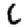
Digit: 6